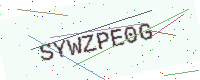
Text: SYWZPE0G